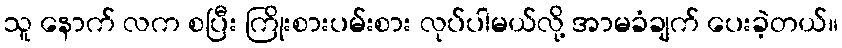
သူ နောက် လက စပြီး ကြိုးစားပမ်းစား လုပ်ပါမယ်လို့ အာမခံချက် ပေးခဲ့တယ်။